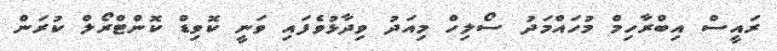
ރައީސް އިބްރާހިމް މުހައްމަދު ސޯލިހް މިއަދު ވިދާޅުވެފައި ވަނީ ކޮވިޑް ކޮންޓްރޯލް ކުރަން